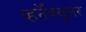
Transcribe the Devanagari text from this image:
व्हर्नॅक्युलर